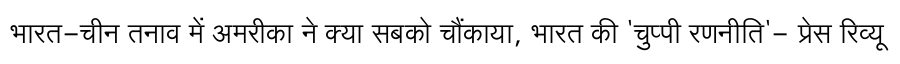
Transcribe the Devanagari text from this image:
भारत-चीन तनाव में अमरीका ने क्या सबको चौंकाया, भारत की 'चुप्पी रणनीति'- प्रेस रिव्यू